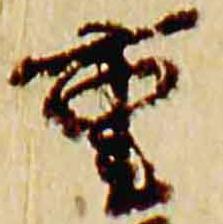
重